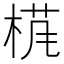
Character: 𱣩